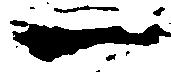
一